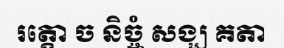
រត្តោ ច និច្ចំ សង្ឃ គតា